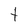
Character: t